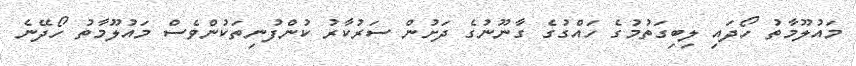
މައުލޫމާތު ހޯދައި ލިބިގަތުމުގެ ހައްގުގެ ގާނޫނުގެ ދަށުން ސަރުކާރު ކުންފުނިތަކުންވެސް މައުލޫމާތު ހޯދޭނެ